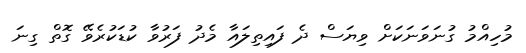
މުހިއްމު ގުނަވަނަކަށް ވިޔަސް ދެ ފައިތިލައާ މެދު ފަރުވާ ކުޑަކުރެވޭ ގޮތް ގިނަ